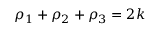
\rho _ { 1 } + \rho _ { 2 } + \rho _ { 3 } = 2 k